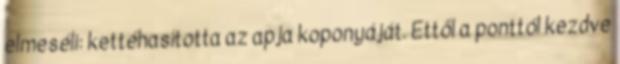
elmeséli: kettéhasította az apja koponyáját. Ettől a ponttól kezdve